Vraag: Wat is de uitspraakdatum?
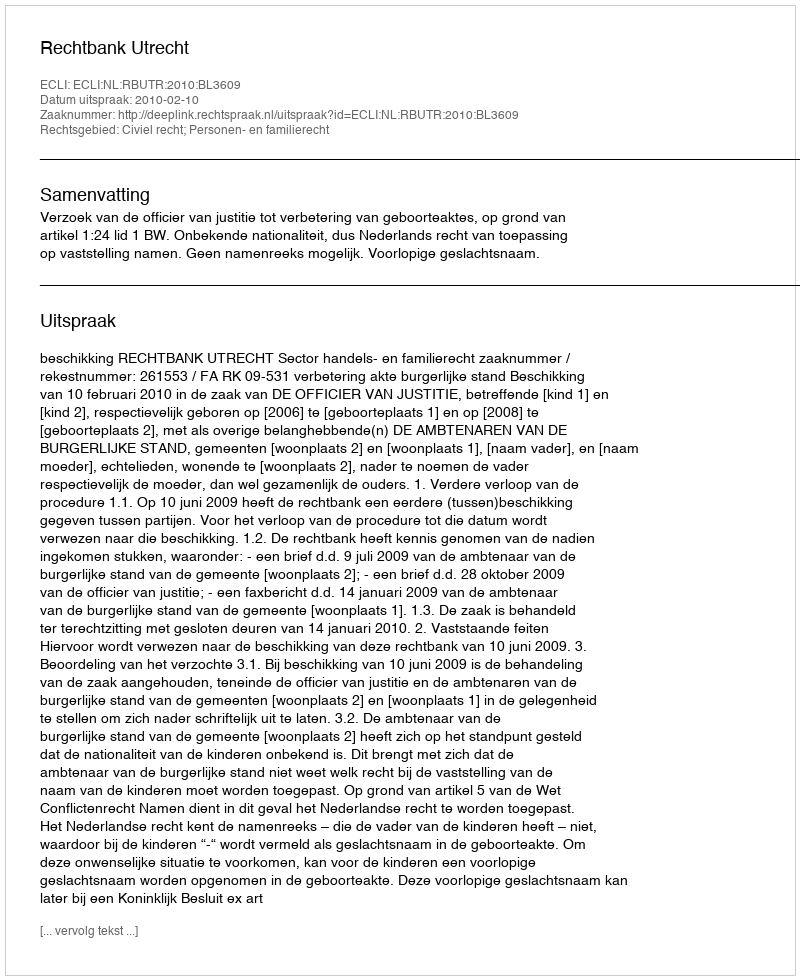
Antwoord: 2010-02-10